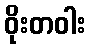
ဝိုးတဝါး